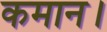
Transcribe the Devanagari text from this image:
कमान।